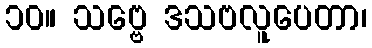
၁၀။ သဗ္ဗေ ဒသဗလူပေတာ၊